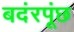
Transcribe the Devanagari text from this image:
बदंरपूंछ